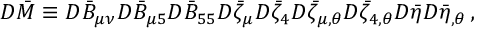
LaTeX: { \cal D } \bar { \cal M } \equiv { \cal D } \bar { B } _ { \mu \nu } { \cal D } \bar { B } _ { \mu 5 } { \cal D } \bar { B } _ { 5 5 } { \cal D } \bar { \zeta } _ { \mu } { \cal D } \bar { \zeta } _ { 4 } { \cal D } \bar { \zeta } _ { \mu , \theta } { \cal D } \bar { \zeta } _ { 4 , \theta } { \cal D } \bar { \eta } { \cal D } \bar { \eta } _ { , \theta } \, ,